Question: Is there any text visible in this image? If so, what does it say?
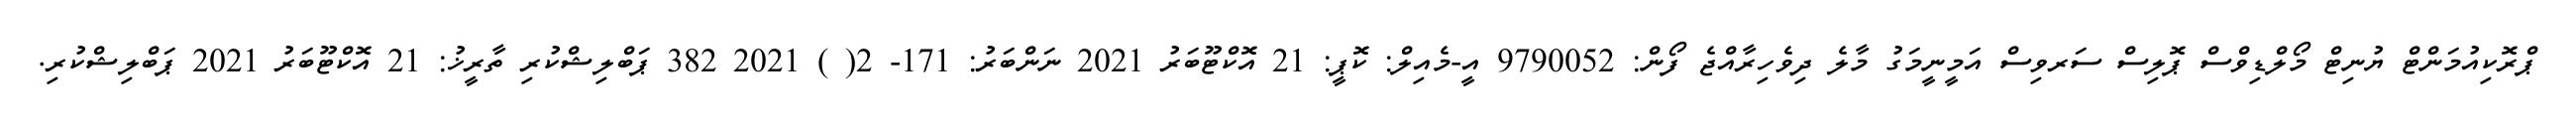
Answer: ޕްރޮކިއުމަންޓް ޔުނިޓް މޯލްޑިވްސް ޕޮލިސް ސަރވިސް އަމީނީމަގު މާލެ ދިވެހިރާއްޖެ ފޯން: 9790052 އީ-މެއިލް: ކޮޕީ: 21 އޮކްޓޫބަރު 2021 ނަންބަރު: 171- 2( ) 2021 382 ޕަބްލިޝްކުރި ތާރީޚު: 21 އޮކްޓޫބަރު 2021 ޕަބްލިޝްކުރި.